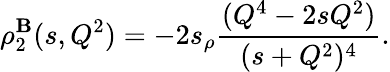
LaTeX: \rho_{2}^{\mathbf{B}}(s,Q^{2})=-2s_{\rho}\frac{{(Q^{4}-2sQ^{2})}}{{(s+Q^{2})^{4}}}.